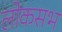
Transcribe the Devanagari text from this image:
लोकसभ